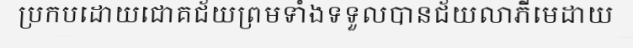
ប្រកបដោយជោគជ័យព្រមទាំងទទួលបានជ័យលាភីមេដាយ